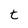
Character: t